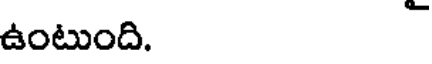
ఉంటుంది.